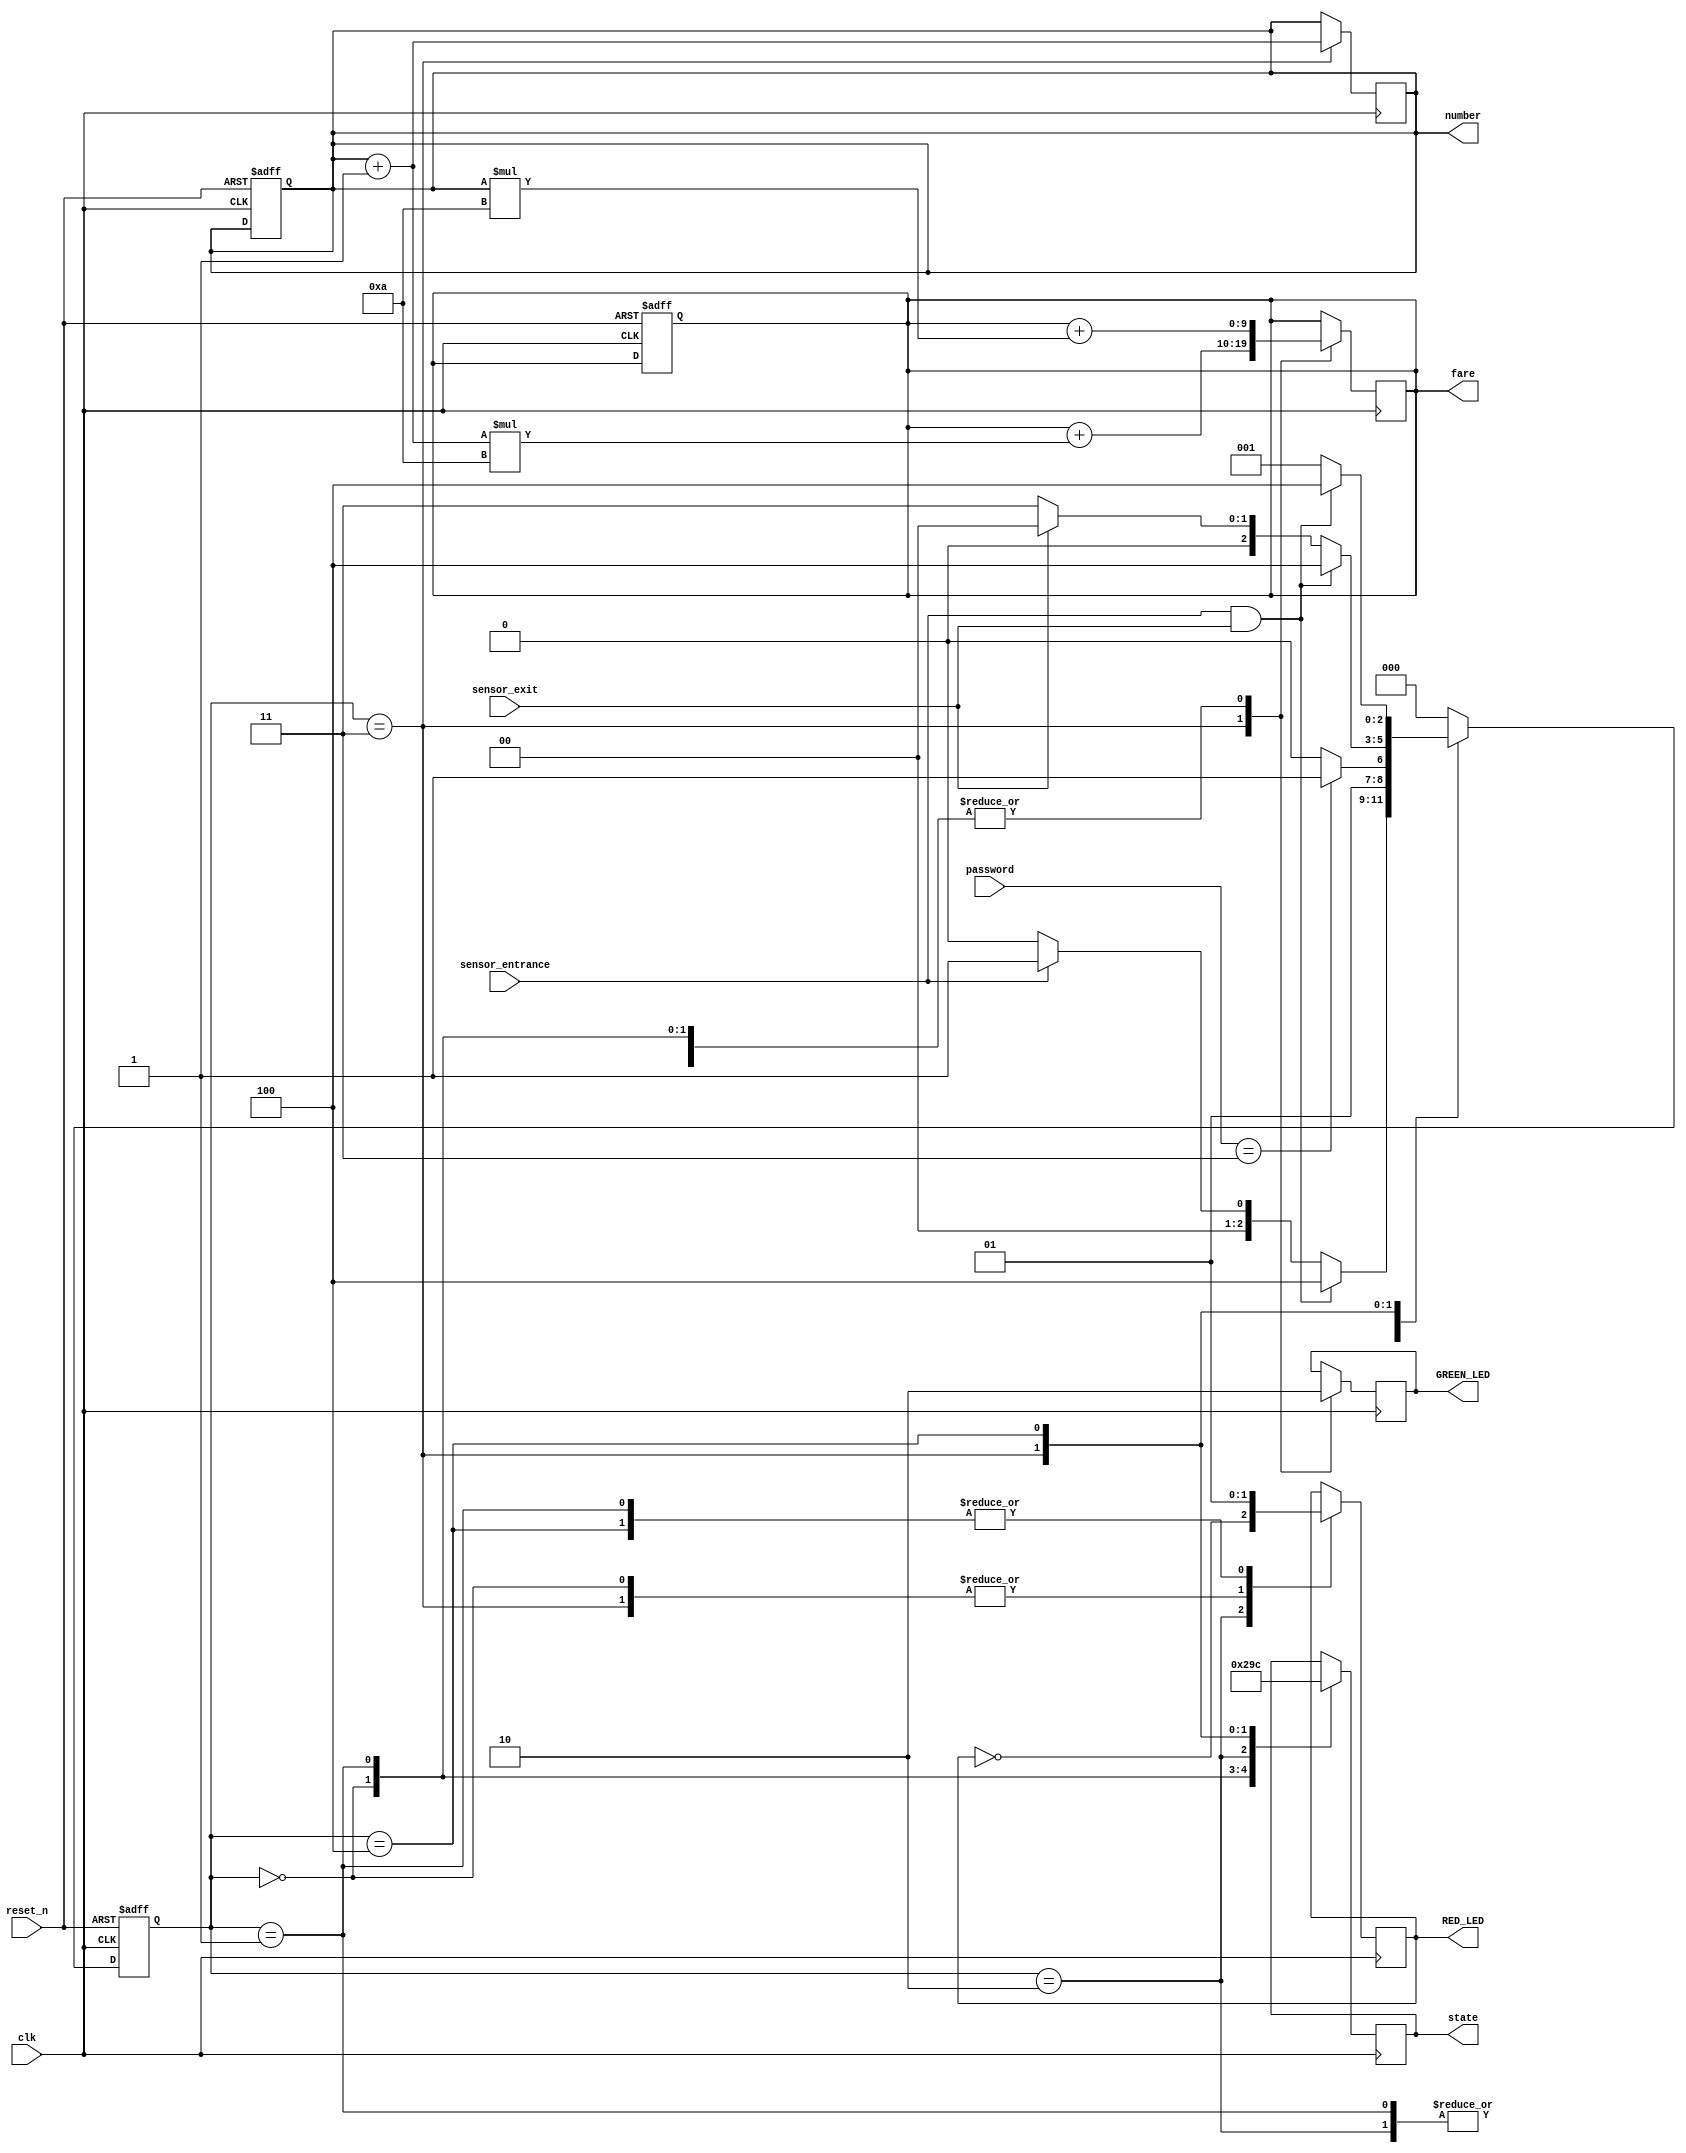
//Name - Rohit Kinha
//Entry Number - 2020csb1118
//Car Parking System Design

`timescale 1ns / 1ps
module parking_system( 
 input clk, reset_n,
 input sensor_entrance, sensor_exit, 
 input[1:0] password,
 output wire GREEN_LED, RED_LED, 
 output reg[2:0] state,
 output reg[3:0] number,
 output reg[9:0] fare
 );
 parameter IDLE = 3'b000, WAIT_PASSWORD=3'b001, WRONG_PASS=3'b010, RIGHT_PASS=3'b011, STOP = 3'b100;
 reg[2:0] current_state, next_state;
 //reg[31:0] counter_wait;
 reg red_tmp,green_tmp;
  
  initial begin
   current_state = IDLE;
   number=4'b0000;
   fare=10'b0000000000;
  end

  always @(posedge clk or posedge reset_n)
   begin
    if(reset_n)
     begin
      current_state = IDLE;
      number=4'b0000;
      fare=10'b0000000000;
     end
    else
     begin
      current_state = next_state;      
     end
   end
 
 //State Interconnections...
 always @(*)
   begin
    case(current_state)
     IDLE: 
       begin
        if(sensor_entrance==1 && sensor_exit==1)
 		 next_state = STOP;
   		else if(sensor_entrance==1)
 		 next_state = WAIT_PASSWORD;
   		else
     	 next_state = IDLE;
 	   end
     WAIT_PASSWORD: 
       begin
 		
          if((password==2'b11))
		   next_state = RIGHT_PASS;
		  else
		   next_state = WRONG_PASS;
	   end
 	 WRONG_PASS: 
       begin
        if(password==2'b11)
 		 next_state = RIGHT_PASS;
 		else
		 next_state = WRONG_PASS;
	   end
     RIGHT_PASS: 
       begin
		if(sensor_entrance==1 && sensor_exit==1)
		 next_state = STOP;
		else if(sensor_exit==1)
		 next_state = IDLE;
		else
		 next_state = RIGHT_PASS;
		end
     STOP: 
       begin
		 if(sensor_entrance==1 && sensor_exit==1)
		  next_state = STOP;
		 else
 		  next_state = WAIT_PASSWORD;
 	   end
     default: next_state = IDLE;
    endcase
   end
 
 //Description of States
 always @(posedge clk) 
   begin 
     case(current_state)
 	 IDLE: 
     begin
 	  green_tmp = 1'b0;
 	  red_tmp = 1'b0;
 	  state = 3'b000; 
       fare = fare + (number*(4'b1010));
     end
     WAIT_PASSWORD: 
     begin
	  green_tmp = 1'b0;
	  red_tmp = 1'b1;
	  state = 3'b001;
       fare = fare + (number*(4'b1010));
     end
	 WRONG_PASS: 
     begin
	  green_tmp = 1'b0;
	  red_tmp = ~red_tmp;
	  state = 3'b010;  
       fare = fare + (number*(4'b1010));
	 end
	 RIGHT_PASS: 
     begin
	  green_tmp = 1'b1;
	  red_tmp = 1'b0;
	  state = 3'b011;
      number = number+4'b0001;
       fare = fare + (number*(4'b1010));
	 end
     STOP: 
     begin
	  green_tmp = 1'b0;
	  red_tmp = 1'b1;
	  state = 3'b100; 
      fare = fare + (number*(4'b1010));
     end
   endcase
 end
 assign RED_LED = red_tmp;
 assign GREEN_LED = green_tmp;
  
endmodule